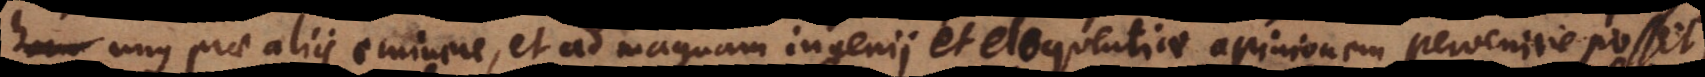
unus prae aliis eminere, et ad magnam ingenii et eloquentiae opinionem pervenire posset;